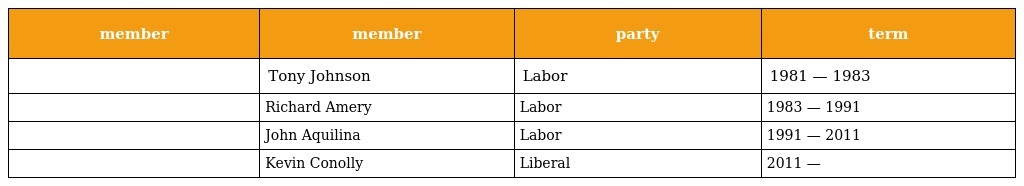
| member | member | party | term |
 | --- | --- | --- | --- |
 |  | Tony Johnson | Labor | 1981 — 1983 |
 |  | Richard Amery | Labor | 1983 — 1991 |
 |  | John Aquilina | Labor | 1991 — 2011 |
 |  | Kevin Conolly | Liberal | 2011 — |